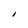
Character: l